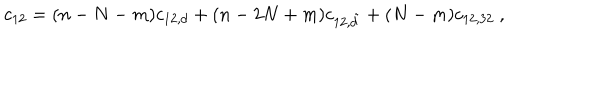
c _ { 1 2 } = ( n - N - m ) c _ { 1 2 , d } + ( n - 2 N + m ) c _ { 1 2 , \tilde { d } } + ( N - m ) c _ { 1 2 , 3 2 } \ ,